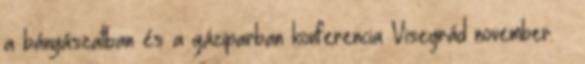
a bányászatban és a gáziparban konferencia Visegrád november. 